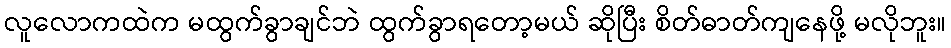
လူလောကထဲက မထွက်ခွာချင်ဘဲ ထွက်ခွာရတော့မယ် ဆိုပြီး စိတ်ဓာတ်ကျနေဖို့ မလိုဘူး။